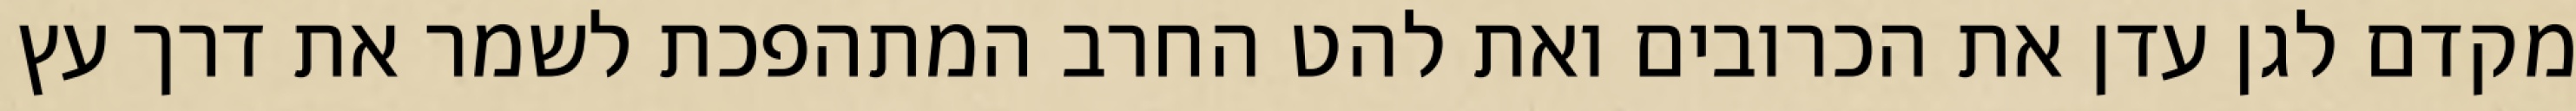
מקדם לגן עדן את הכרובים ואת להט החרב המתהפכת לשמר את דרך עץ